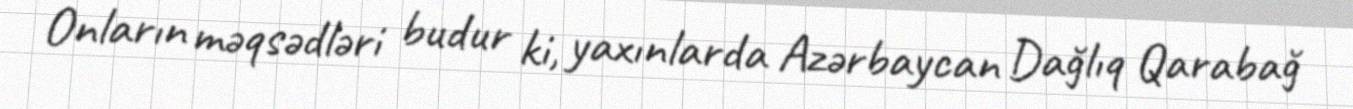
Onların məqsədləri budur ki, yaxınlarda Azərbaycan Dağlıq Qarabağ